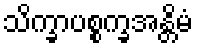
သိက္ခာပစ္စက္ခအန္တိမံ